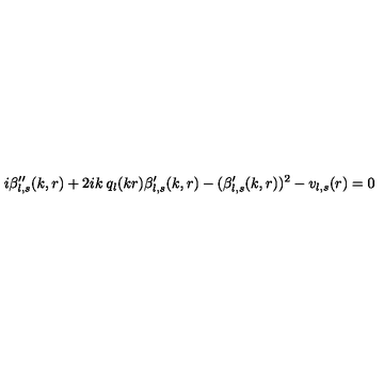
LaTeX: i \beta _ { l , s } ^ { \prime \prime } ( k , r ) + 2 i k \: q _ { l } ( k r ) \beta _ { l , s } ^ { \prime } ( k , r ) - ( \beta _ { l , s } ^ { \prime } ( k , r ) ) ^ { 2 } - v _ { l , s } ( r ) = 0